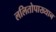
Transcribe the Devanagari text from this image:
ललितोपाख्यान